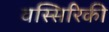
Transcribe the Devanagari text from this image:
वस्सिरिकी